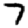
Digit: 7